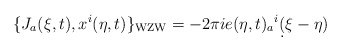
\begin{align*}\{J_a(\xi,t), x^i(\eta,t) \}_\mathrm{WZW}= -2\pi ie(\eta,t)_a{}^i\d(\xi-\eta)\end{align*}